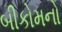
બીકોમનો